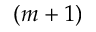
( m + 1 )